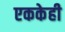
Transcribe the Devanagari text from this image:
एककेही